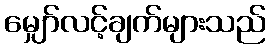
မျှော်လင့်ချက်များသည်